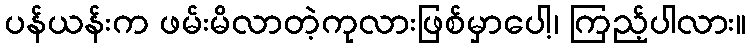
ပန်ယန်းက ဖမ်းမိလာတဲ့ကုလားဖြစ်မှာပေါ့၊ ကြည့်ပါလား။